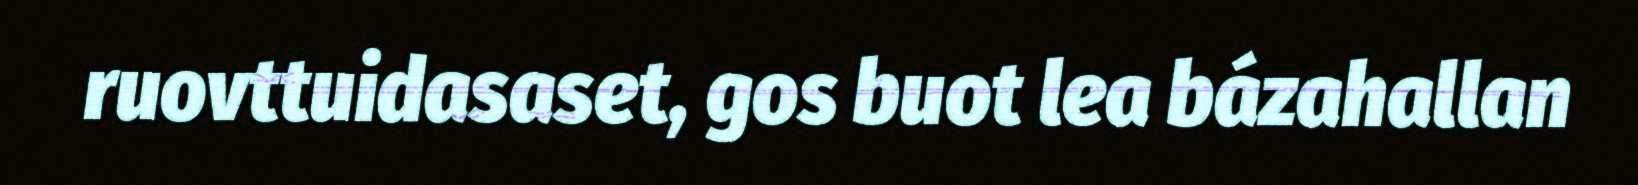
ruovttuidasaset, gos buot lea bázahallan